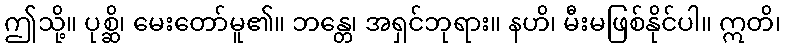
ဤသို့။ ပုစ္ဆိ၊ မေးတော်မူ၏။ ဘန္တေ၊ အရှင်ဘုရား။ နဟိ၊ မီးမဖြစ်နိုင်ပါ။ ဣတိ၊